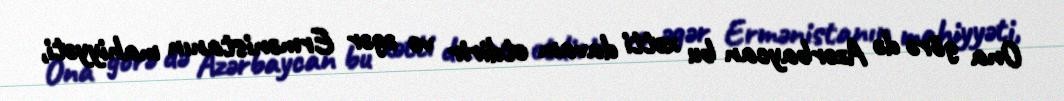
Ona görə də Azərbaycan bu xətti davam etdirir və əgər Ermənistanın mahiyyəti,